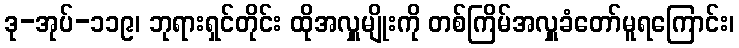
ဒု-အုပ်-၁၁၉၊ ဘုရားရှင်တိုင်း ထိုအလှူမျိုးကို တစ်ကြိမ်အလှူခံတော်မူရကြောင်း၊